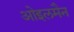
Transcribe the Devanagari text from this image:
ओइलमैन